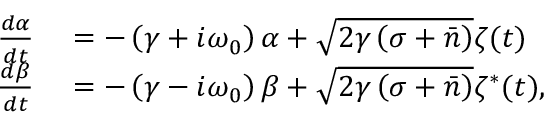
\begin{array} { r l } { \frac { d \alpha } { d t } } & { { } = - \left( \gamma + i \omega _ { 0 } \right) \alpha + \sqrt { 2 \gamma \left( \sigma + \bar { n } \right) } \zeta ( t ) } \\ { \frac { d \beta } { d t } } & { { } = - \left( \gamma - i \omega _ { 0 } \right) \beta + \sqrt { 2 \gamma \left( \sigma + \bar { n } \right) } \zeta ^ { * } ( t ) , } \end{array}